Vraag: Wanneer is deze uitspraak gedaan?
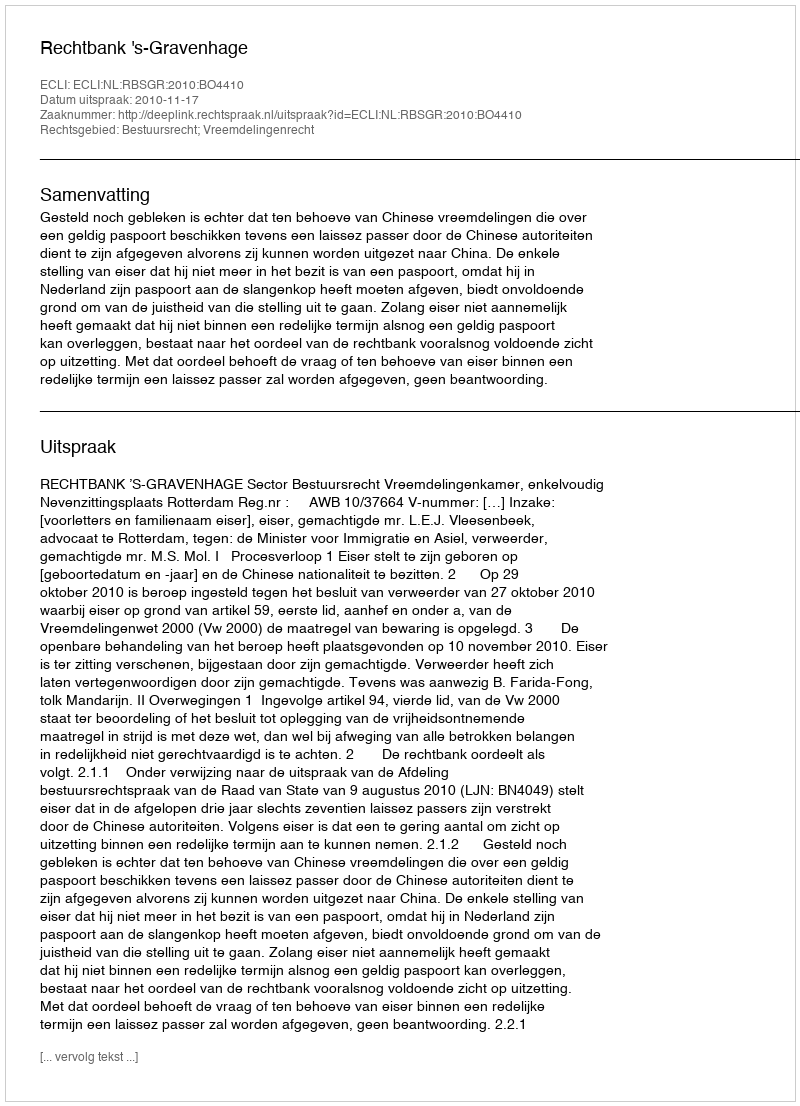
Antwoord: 2010-11-17